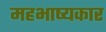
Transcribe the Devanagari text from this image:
महभाष्यकार